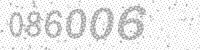
Solution: 086006